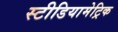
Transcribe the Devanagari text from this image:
स्टीडियामेट्रिक